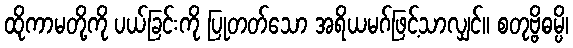
ထိုကာမတို့ကို ပယ်ခြင်းကို ပြုတတ်သော အရိယမဂ်ဖြင့်သာလျှင်။ စတုဗ္ဗိဓမ္ပိ၊